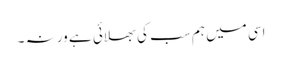
اسی میں ہم سب کی بھلائی ہے ورنہ ۔